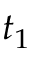
t _ { 1 }